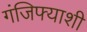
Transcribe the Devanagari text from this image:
गंजिफ्याशी